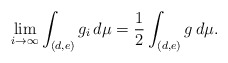
\begin{align*}\lim_{i\to\infty} \int_{(d,e)} g_i \,d\mu = \frac{1}{2} \int_{(d,e)} g \,d\mu.\end{align*}